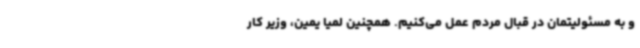
و به مسئولیتمان در قبال مردم عمل می‌کنیم. همچنین لمیا یمین، وزیر کار